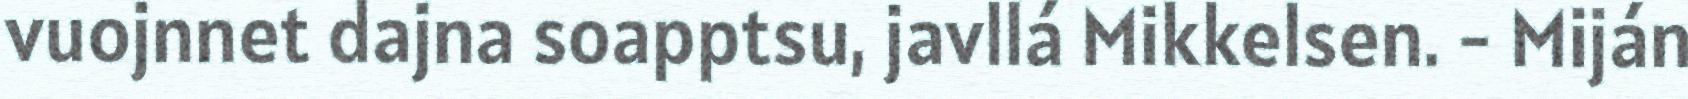
vuojnnet dajna soapptsu, javllá Mikkelsen. - Miján